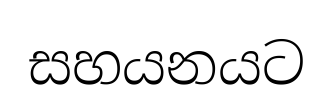
සහයනයට